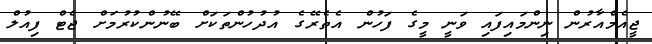
ޖީއެމްއާރުން ނިންމައިފައި ވަނީ މީގެ ފަހުން އެތެރޭގެ އުދުހުންތަކަށް ބޭނުންކުރުމަށް ޖެޓް ފިއުލް